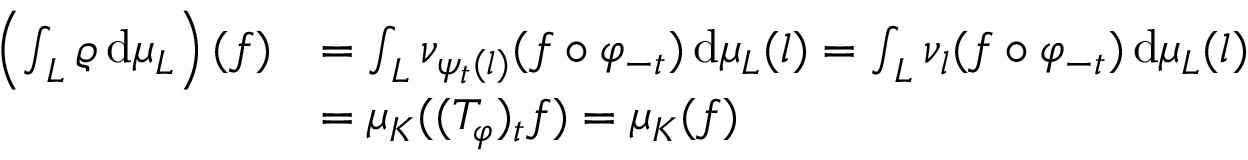
\begin{array} { r l } { \left( \int _ { L } \varrho \, \mathrm { d } \mu _ { L } \right) ( f ) } & { = \int _ { L } \nu _ { \psi _ { t } ( l ) } ( f \circ \varphi _ { - t } ) \, \mathrm { d } \mu _ { L } ( l ) = \int _ { L } \nu _ { l } ( f \circ \varphi _ { - t } ) \, \mathrm { d } \mu _ { L } ( l ) } \\ & { = \mu _ { K } ( ( T _ { \varphi } ) _ { t } f ) = \mu _ { K } ( f ) } \end{array}